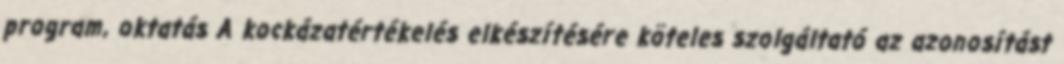
program, oktatás A kockázatértékelés elkészítésére köteles szolgáltató az azonosítást